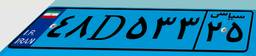
۴۸D۵۳۳۲۵